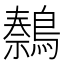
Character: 𫛍